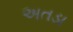
અતડા